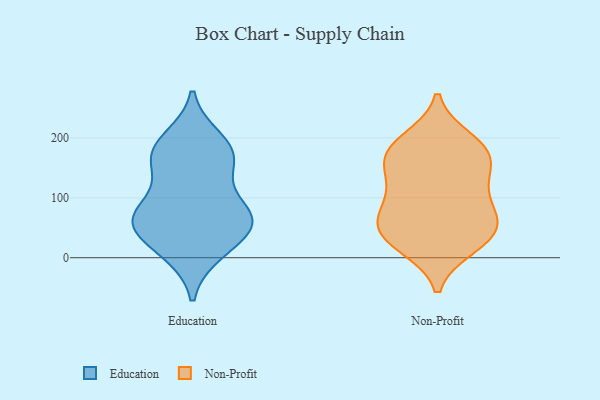
{"axis": {"x": "Demand Index", "y": "Value"}, "legend": ["Education", "Non-Profit"], "data": [{"x": "", "y": 79, "type": "Education"}, {"x": "", "y": 143, "type": "Education"}, {"x": "", "y": 171, "type": "Education"}, {"x": "", "y": 57, "type": "Education"}, {"x": "", "y": 58, "type": "Education"}, {"x": "", "y": 72, "type": "Education"}, {"x": "", "y": 10, "type": "Education"}, {"x": "", "y": 60, "type": "Education"}, {"x": "", "y": 17, "type": "Education"}, {"x": "", "y": 176, "type": "Education"}, {"x": "", "y": 69, "type": "Education"}, {"x": "", "y": 171, "type": "Education"}, {"x": "", "y": 196, "type": "Education"}, {"x": "", "y": 20, "type": "Non-Profit"}, {"x": "", "y": 161, "type": "Non-Profit"}, {"x": "", "y": 26, "type": "Non-Profit"}, {"x": "", "y": 173, "type": "Non-Profit"}, {"x": "", "y": 179, "type": "Non-Profit"}, {"x": "", "y": 128, "type": "Non-Profit"}, {"x": "", "y": 130, "type": "Non-Profit"}, {"x": "", "y": 180, "type": "Non-Profit"}, {"x": "", "y": 57, "type": "Non-Profit"}, {"x": "", "y": 196, "type": "Non-Profit"}, {"x": "", "y": 59, "type": "Non-Profit"}, {"x": "", "y": 34, "type": "Non-Profit"}, {"x": "", "y": 95, "type": "Non-Profit"}, {"x": "", "y": 52, "type": "Non-Profit"}, {"x": "", "y": 81, "type": "Non-Profit"}]}